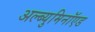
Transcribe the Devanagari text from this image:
अल्ब्युमिनॉएड